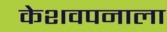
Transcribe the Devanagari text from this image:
केशवपनाला